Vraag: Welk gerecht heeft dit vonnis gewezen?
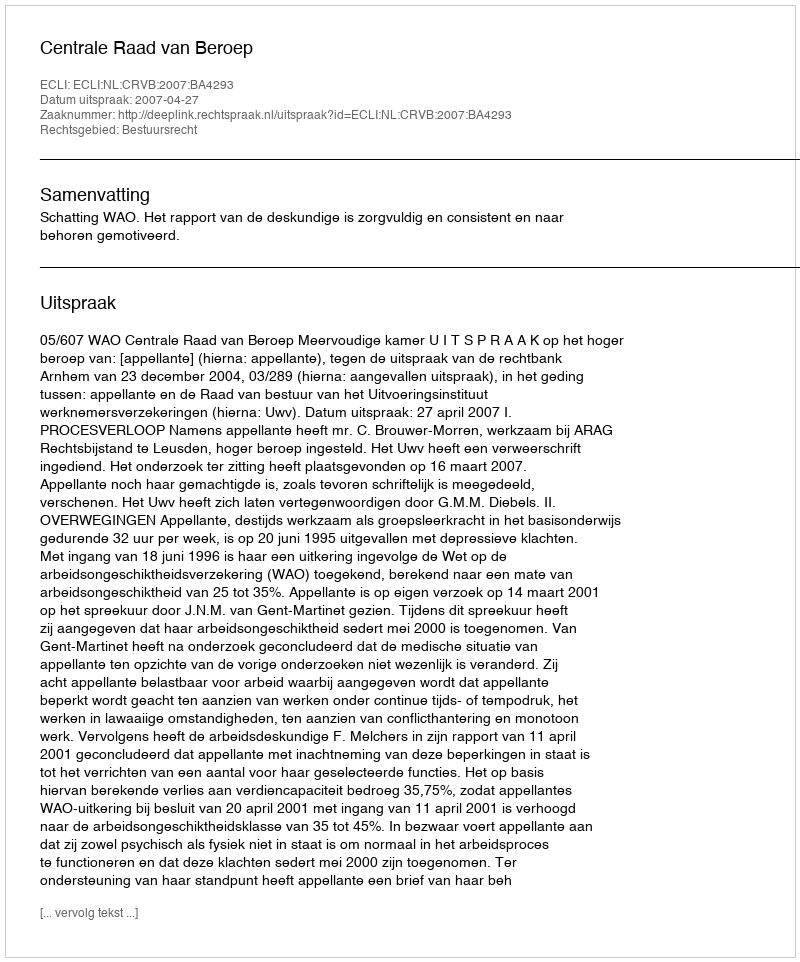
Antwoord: Centrale Raad van Beroep